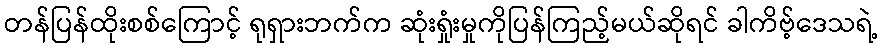
တန်ပြန်ထိုးစစ်ကြောင့် ရုရှားဘက်က ဆုံးရှုံးမှုကိုပြန်ကြည့်မယ်ဆိုရင် ခါကိဗ့်ဒေသရဲ့